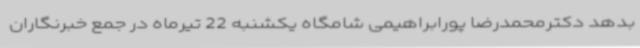
بدهد دکترمحمدرضا پورابراهیمی شامگاه یکشنبه 22 تیرماه در جمع خبرنگاران